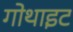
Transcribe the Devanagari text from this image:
गोथाइट